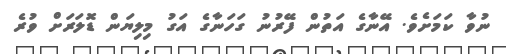
ނުވާ ކަމަށެވެ. އޭނާގެ އަތުން ފޭރުނު ގަހަނާގެ އަގު މިލިޔަން ޑޮލަރަށް ވުރެ